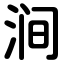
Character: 涧